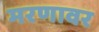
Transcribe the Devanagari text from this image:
मरणावर